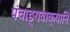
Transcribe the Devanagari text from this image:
पंचाङ्गवाक्यानि